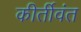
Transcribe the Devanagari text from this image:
कीर्तीवंत